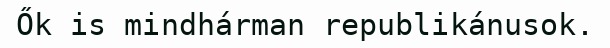
Ők is mindhárman republikánusok.